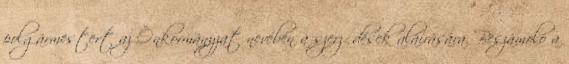
polgármestert az Önkormányzat nevében a szerződések aláírására. Beszámoló a